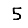
Digit: 5